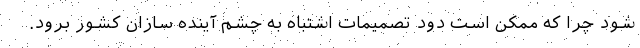
شود چرا که ممکن است دود تصمیمات اشتباه به چشم آینده سازان کشور برود.